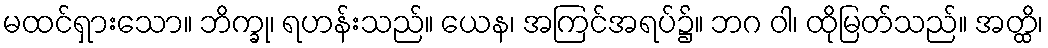
မထင်ရှားသော။ ဘိက္ခု၊ ရဟန်းသည်။ ယေန၊ အကြင်အရပ်၌။ ဘဂ ဝါ၊ ထိုမြတ်သည်။ အတ္ထိ၊